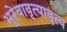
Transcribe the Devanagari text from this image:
भूरेवावृत्यावृत्य